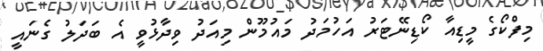
މިފްކޯގެ މީޑިއާ ކޯޑިނޭޓަރު އަހުމަދު މައުމޫން މިއަދު ވިދާޅުވީ އެ ބަދަލު ގެނައީ